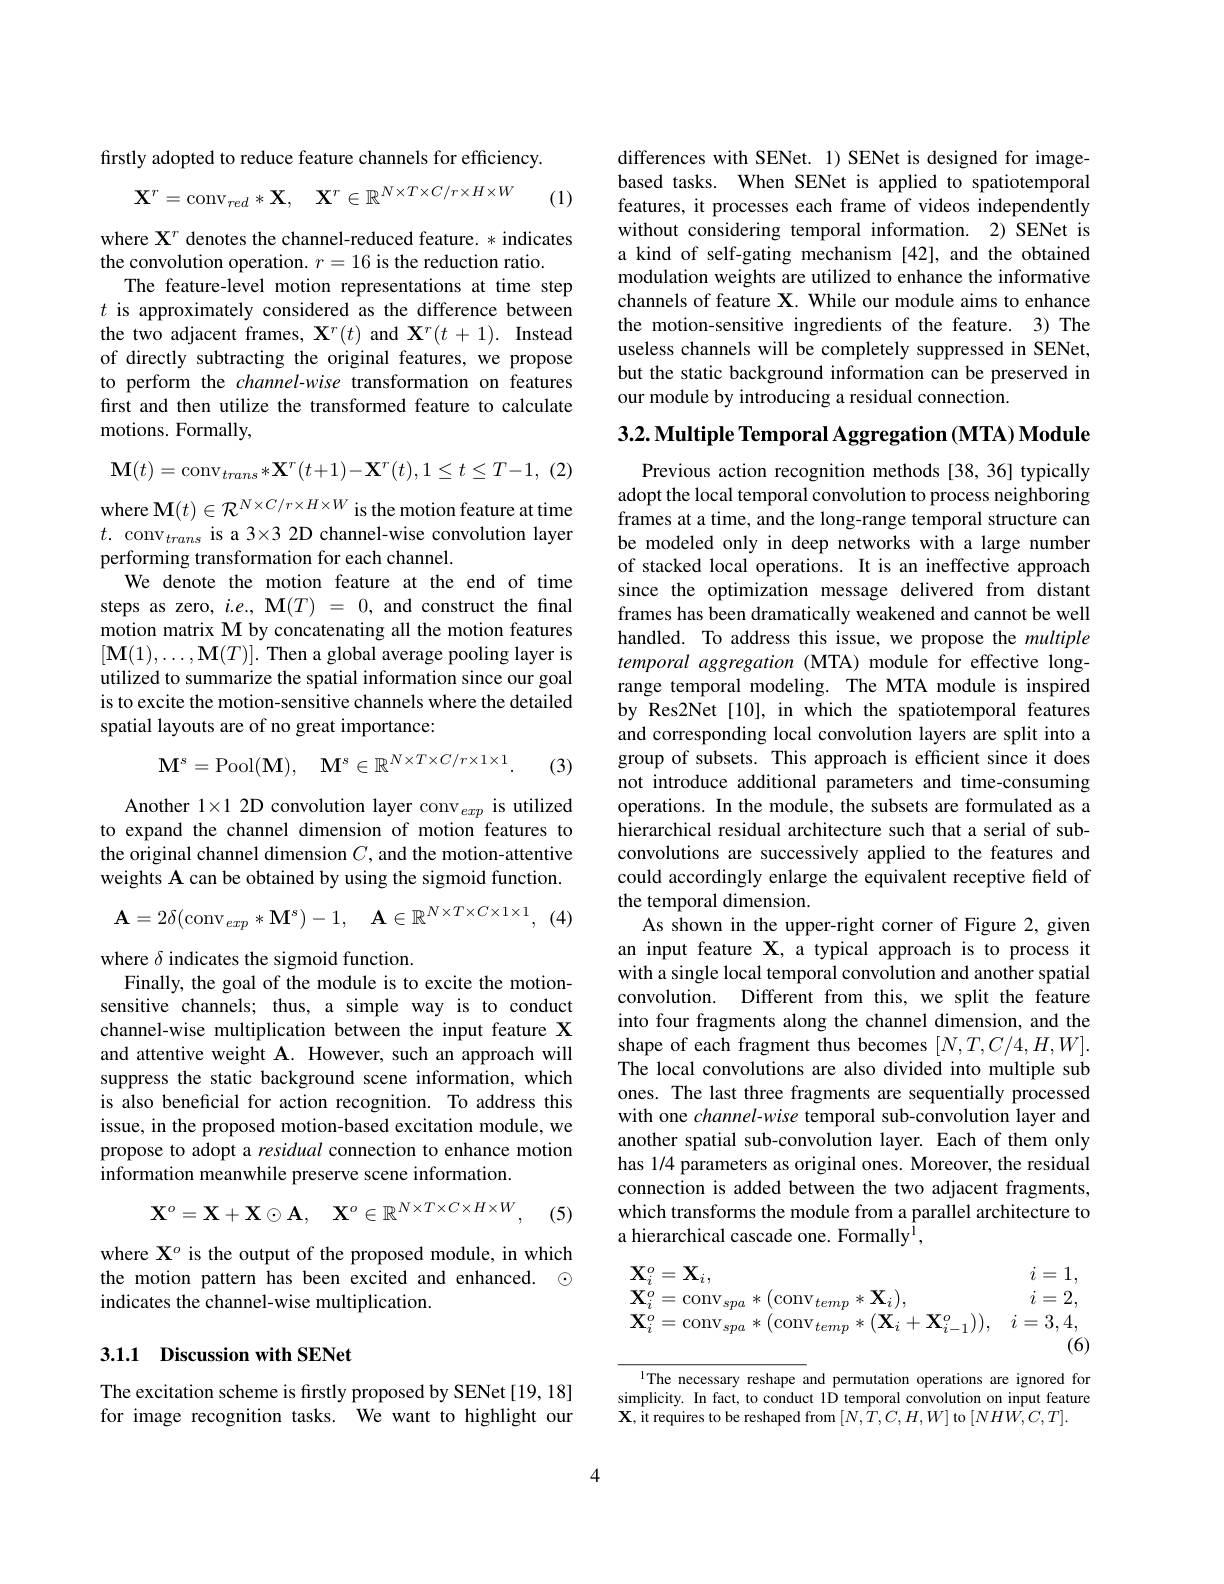
firstly adopted to reduce feature channels for efficiency.
$$\mathbf{X}^{r}=\mathrm{conv}_{red}*\mathbf{X},\quad\mathbf{X}^{r}\in\mathbb{R}^{N\times T\times C/r\times H\times W}$$
(1)

where $\mathbf{X}^r$ denotes the channel-reduced feature. * indicates
the convolution operation. $r=16$ is the reduction ratio.
The feature-level motion representations at time step $t$ is approximately considered as the difference between the two adjacent frames, $\mathbf{X}^{r}(t)$ and $\mathbf{X}^{r}(t+1).$ Instead of directly subtracting the original features, we propose to perform the channel-wise transformation on features first and then utilize the transformed feature to calculate motions. Formally,

(2)
$$\mathbf{M}(t)=\mathrm{conv}_{trans}*\mathbf{X}^{r}(t+1)-\mathbf{X}^{r}(t),1\leq t\leq T-1,$$
where $\mathbf{M}(t)\in\mathcal{R}^{N\times C/r\times H\times W}$ is the motion feature at time $t.\text{ conv}_{trans}$ is a 3×3 2D channel-wise convolution layer performing transformation for each channel.
We denote the motion feature at the end of time steps as zero, $i.e.,\mathbf{M}(T)=0$, and construct the final motion matrix M by concatenating all the motion features $[\mathbf{M}(1),\ldots,\mathbf{M}(T)].$ Then a global average pooling layer is utilized to summarize the spatial information since our goal is to excite the motion-sensitive channels where the detailed spatial layouts are of no great importance:
$$\mathbf{M}^s=\mathrm{Pool}(\mathbf{M}),\quad\mathbf{M}^s\in\mathbb{R}^{N\times T\times C/r\times1\times1}.$$
(3)

Another $1\times12$D convolution layer conv$_exp$ is utilized to expand the channel dimension of motion features to the original channel dimension $C$, and the motion-attentive weights A can be obtained by using the sigmoid function.
$$\mathbf{A}=2\delta(\mathrm{conv}_{exp}*\mathbf{M}^s)-1,\quad\mathbf{A}\in\mathbb{R}^{N\times T\times C\times1\times1},$$
(4)

where $\delta$ indicates the sigmoid function.
Finally, the goal of the module is to excite the motionsensitive channels; thus, a simple way is to conduct channel-wise multiplication between the input feature X and attentive weight A. However, such an approach will suppress the static background scene information, which is also beneficial for action recognition. To address this issue, in the proposed motion-based excitation module, we propose to adopt a residual connection to enhance motion information meanwhile preserve scene information.
$$\mathbf{X}^o=\mathbf{X}+\mathbf{X}\odot\mathbf{A},\quad\mathbf{X}^o\in\mathbb{R}^{N\times T\times C\times H\times W},$$
(5)

where X$^o$ is the output of the proposed module, in which the motion pattern has been excited and enhanced. © indicates the channel-wise multiplication.

## 3.1.1 Discussion with SENet

The excitation scheme is firstly proposed by SENet [19, 18] for image recognition tasks. We want to highlight our

differences with SENet. 1) SENet is designed for imagebased tasks. When SENet is applied to spatiotemporal features, it processes each frame of videos independently without considering temporal information. 2) SENet is a kind of self-gating mechanism [42], and the obtained modulation weights are utilized to enhance the informative channels of feature X. While our module aims to enhance the motion-sensitive ingredients of the feature. 3) The useless channels will be completely suppressed in SENet, but the static background information can be preserved in our module by introducing a residual connection.

3.2. Multiple Temporal Aggregation (MTA) Module
Previous action recognition methods [38,36] typically adopt the local temporal convolution to process neighboring frames at a time, and the long-range temporal structure can be modeled only in deep networks with a large number of stacked local operations. It is an ineffective approach since the optimization message delivered from distant frames has been dramatically weakened and cannot be well handled. To address this issue, we propose the multiple temporal aggregation (MTA) module for effective longrange temporal modeling. The MTA module is inspired by Res2Net [10], in which the spatiotemporal features and corresponding local convolution layers are split into a group of subsets. This approach is efficient since it does not introduce additional parameters and time-consuming operations. In the module, the subsets are formulated as a hierarchical residual architecture such that a serial of subconvolutions are successively applied to the features and could accordingly enlarge the equivalent receptive field of the temporal dimension.
As shown in the upper-right corner of Figure 2, given an input feature $\mathbf{X}$, a typical approach is to process it with a single local temporal convolution and another spatial convolution. Different from this, we split the feature into four fragments along the channel dimension, and the shape of each fragment thus becomes $[N,T,C/4,H,W].$ The local convolutions are also divided into multiple sub ones. The last three fragments are sequentially processed with one channel-wise temporal sub-convolution layer and another spatial sub-convolution layer. Each of them only has 1/4 parameters as original ones. Moreover, the residual connection is added between the two adjacent fragments, which transforms the module from a parallel architecture to a hierarchical cascade one. Formally$^{\mathrm{l}}$,
$$\begin{array}{ll}\mathbf{X}_i^o=\mathbf{X}_i,&i=1,\\\mathbf{X}_i^o=\mathrm{conv}_{spa}*(\mathrm{conv}_{temp}*\mathbf{X}_i),&i=2,\\\mathbf{X}_i^o=\mathrm{conv}_{spa}*(\mathrm{conv}_{temp}*(\mathbf{X}_i+\mathbf{X}_{i-1}^o)),&i=3,4,\end{array}$$
$^{1}$The necessary reshape and permutation operations are ignored for simplicity. In fact, to conduct 1D temporal convolution on input feature $\mathbf{X}$,it requires to be reshaped from $[N,T,C,H,W]$ to $[NHW,C,T].$

4